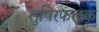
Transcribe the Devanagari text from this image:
सुषिरफलक